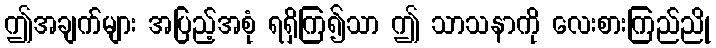
ဤအချက်များ အပြည့်အစုံ ရရှိကြ၍သာ ဤ သာသနာကို လေးစားကြည်ညို